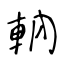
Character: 軜